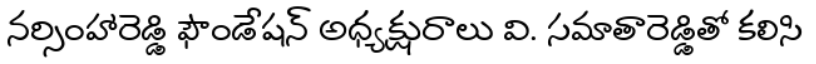
నర్సింహారెడ్డి ఫౌండేషన్ అధ్యక్షురాలు వి. సమాతారెడ్డితో కలిసి